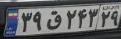
۳۹ق۲۴۳۲۹